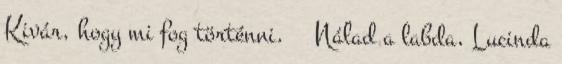
Kivár, hogy mi fog történni. Nálad a labda, Lucinda